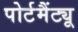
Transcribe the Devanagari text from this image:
पोर्टमैंट्यू